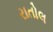
રાતોલ